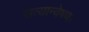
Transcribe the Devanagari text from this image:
सत्यान्वेषण।